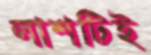
লাশটিই